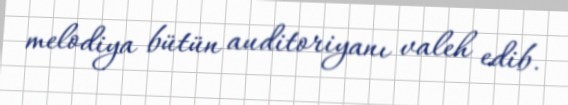
melodiya bütün auditoriyanı valeh edib.